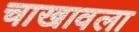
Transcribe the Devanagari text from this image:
चाखावला